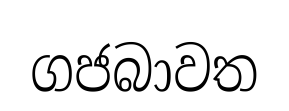
ගජබාවත